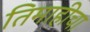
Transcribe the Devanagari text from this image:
तिमाहीचा